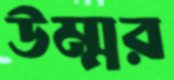
উম্মর